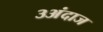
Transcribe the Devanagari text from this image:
३अंदाज